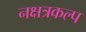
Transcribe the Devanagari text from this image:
नक्षत्रकल्प